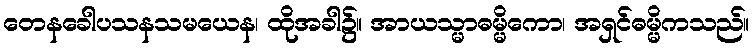
တေနခေါပသနသမယေန၊ ထိုအခါ၌။ အာယသ္မာဓမ္မိကော၊ အရှင်ဓမ္မိကသည်။